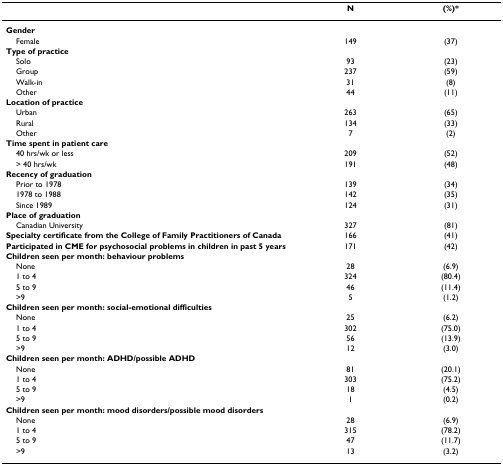
|  | N | (%)* |
 | --- | --- | --- |
 | Gender |  |  |
 | Female | 149 | (37) |
 | Type of practice |  |  |
 | Solo | 93 | (23) |
 | Group | 237 | (59) |
 | Walk-in | 31 | (8) |
 | Other | 44 | (11) |
 | Location of practice |  |  |
 | Urban | 263 | (65) |
 | Rural | 134 | (33) |
 | Other | 7 | (2) |
 | Time spent in patient care |  |  |
 | 40 hrs/wk or less | 209 | (52) |
 | > 40 hrs/wk | 191 | (48) |
 | Recency of graduation |  |  |
 | Prior to 1978 | 139 | (34) |
 | 1978 to 1988 | 142 | (35) |
 | Since 1989 | 124 | (31) |
 | Place of graduation |  |  |
 | Canadian University | 327 | (81) |
 | Specialty certificate from the College of Family Practitioners of Canada | 166 | (41) |
 | Participated in CME for psychosocial problems in children in past 5 years | 171 | (42) |
 | Children seen per month: behaviour problems |  |  |
 | None | 28 | (6.9) |
 | 1 to 4 | 324 | (80.4) |
 | 5 to 9 | 46 | (11.4) |
 | >9 | 5 | (1.2) |
 | Children seen per month: social-emotional difficulties |  |  |
 | None | 25 | (6.2) |
 | 1 to 4 | 302 | (75.0) |
 | 5 to 9 | 56 | (13.9) |
 | >9 | 12 | (3.0) |
 | Children seen per month: ADHD/possible ADHD |  |  |
 | None | 81 | (20.1) |
 | 1 to 4 | 303 | (75.2) |
 | 5 to 9 | 18 | (4.5) |
 | >9 | 1 | (0.2) |
 | Children seen per month: mood disorders/possible mood disorders |  |  |
 | None | 28 | (6.9) |
 | 1 to 4 | 315 | (78.2) |
 | 5 to 9 | 47 | (11.7) |
 | >9 | 13 | (3.2) |